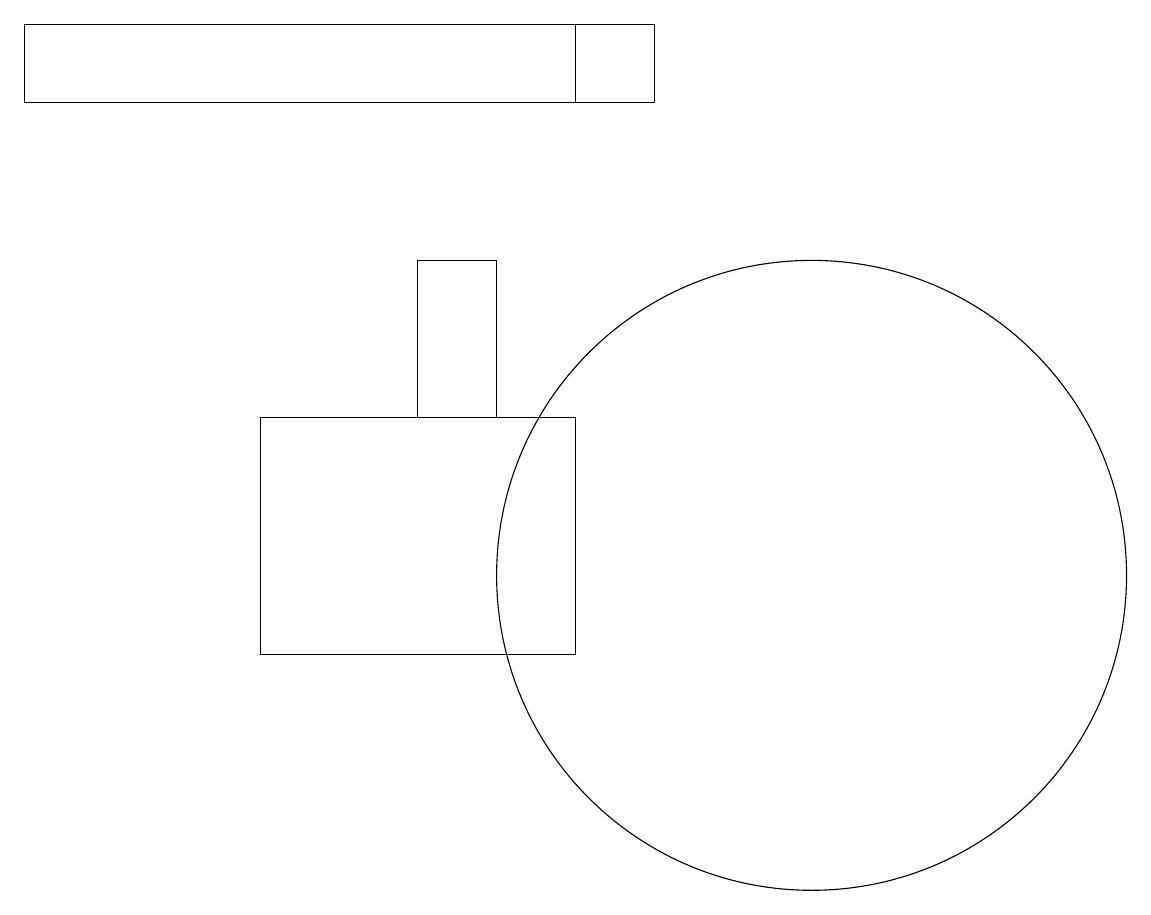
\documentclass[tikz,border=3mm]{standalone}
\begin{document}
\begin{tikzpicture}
\draw (8,17) rectangle (8,18);
\draw (11,11) circle (4);
\draw (6,15) rectangle (7,13);
\draw (9,18) rectangle (1,17);
\draw (1,11) rectangle (1,11);
\draw (4,13) rectangle (8,10);
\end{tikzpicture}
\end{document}